Statistical return of the lunatic asylum in Assam - 1912-1932
Year: 1912
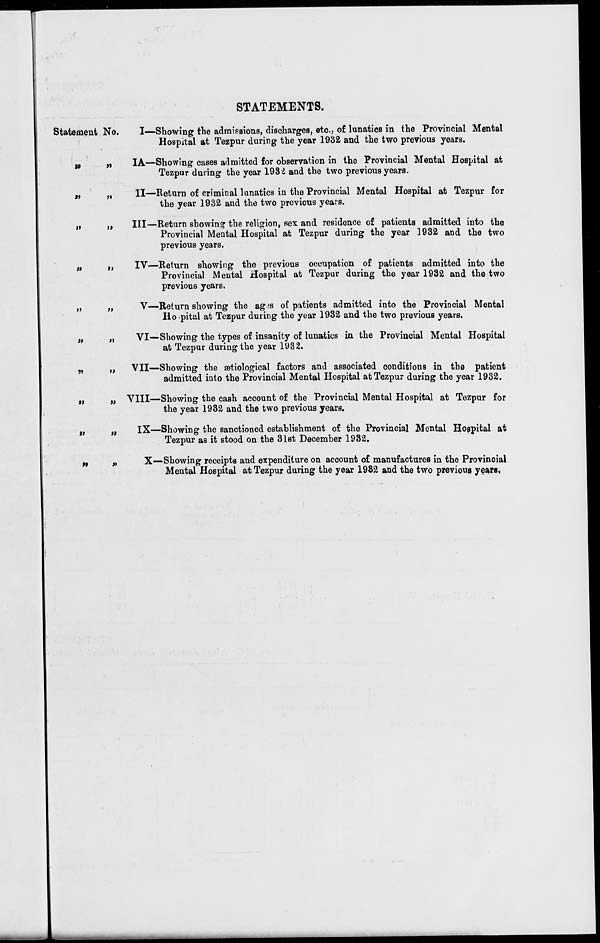
STATEMENTS.
Statement No.
n
»l
»»
it
V
it
»
V
it
J»
)>
II
M
»
M
»
>J
It
»>
I—Showing the admissions, discharges, etc.. of lunatics in the Provincial Mental
Hospital at Tezpur during the year 1932 and the two previous years.
IA—Showing cases admitted for observation in the Provincial Mental Hospital at
Tezpur during the year 1932 and the two previous years.
II—Return of criminal lunatics in the Provincial Mental Hospital at Tezpur for
the year 1932 and the two previous years.
Ill—Return showing the religion, sex and residence of patients admitted into the
Provincial Mental Hospital at Tezpur during the year 1932 and the two
previous years.
IV—Return showing the previous occupation of patients admitted into the
Provincial Mental Hospital at Tezpur during the year 1932 and the two
previous years.
V—Return showing the ag:s of patients admitted into the Provincial Mental
Ho'pitul at Tezpur during the year 1932 and the two previous years.
VI—Showing the types of insanity of lunatics in the Provincial Mental Hospital
at Tezpur during the year 1932.
VII—Showing the setiological factors and associated conditions in the patient
admitted into the Provincial Mental Hospital at Tezpur during the year 1932.
VIII—Showing the cash account of the Provincial Mental Hospital at Tezpur for
the year 1932 and the two previous years.
IX—Showing the sanctioned establishment of the Provincial Mental Hospital at
Tezpur as it stood on the 31st December 1932.
X—Showing receipts and expenditure on account of manufactures in the Provincial
Mental Hospital at Tezpur during the year 1982 and the two previous years,